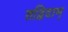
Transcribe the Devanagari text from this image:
तद्विदाम्